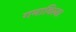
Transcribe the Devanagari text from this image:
गमाविला